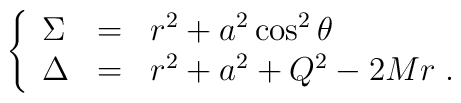
\left\{\begin{array}{lcl}\Sigma &=& r^2 + a^2\cos^2\theta\\\Delta &=& r^2 + a^2 + Q^2 - 2Mr\;. \end{array}\right.